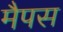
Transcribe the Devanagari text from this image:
मैपस